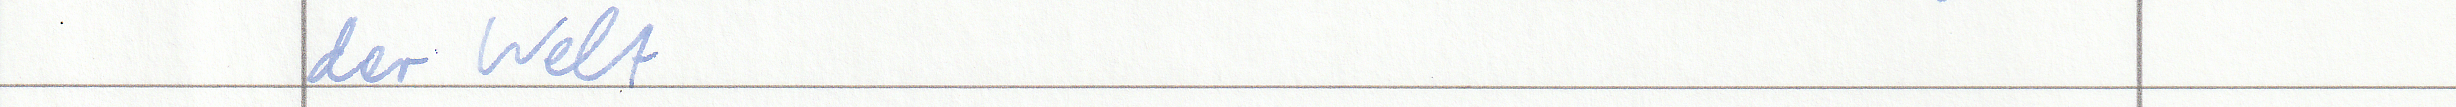
der Welt